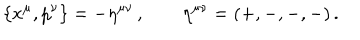
\{ x ^ { \mu } , p ^ { \nu } \} = - \eta ^ { \mu \nu } \, , ~ ~ \eta ^ { \mu \nu } = ( + , - , - , - ) \, .